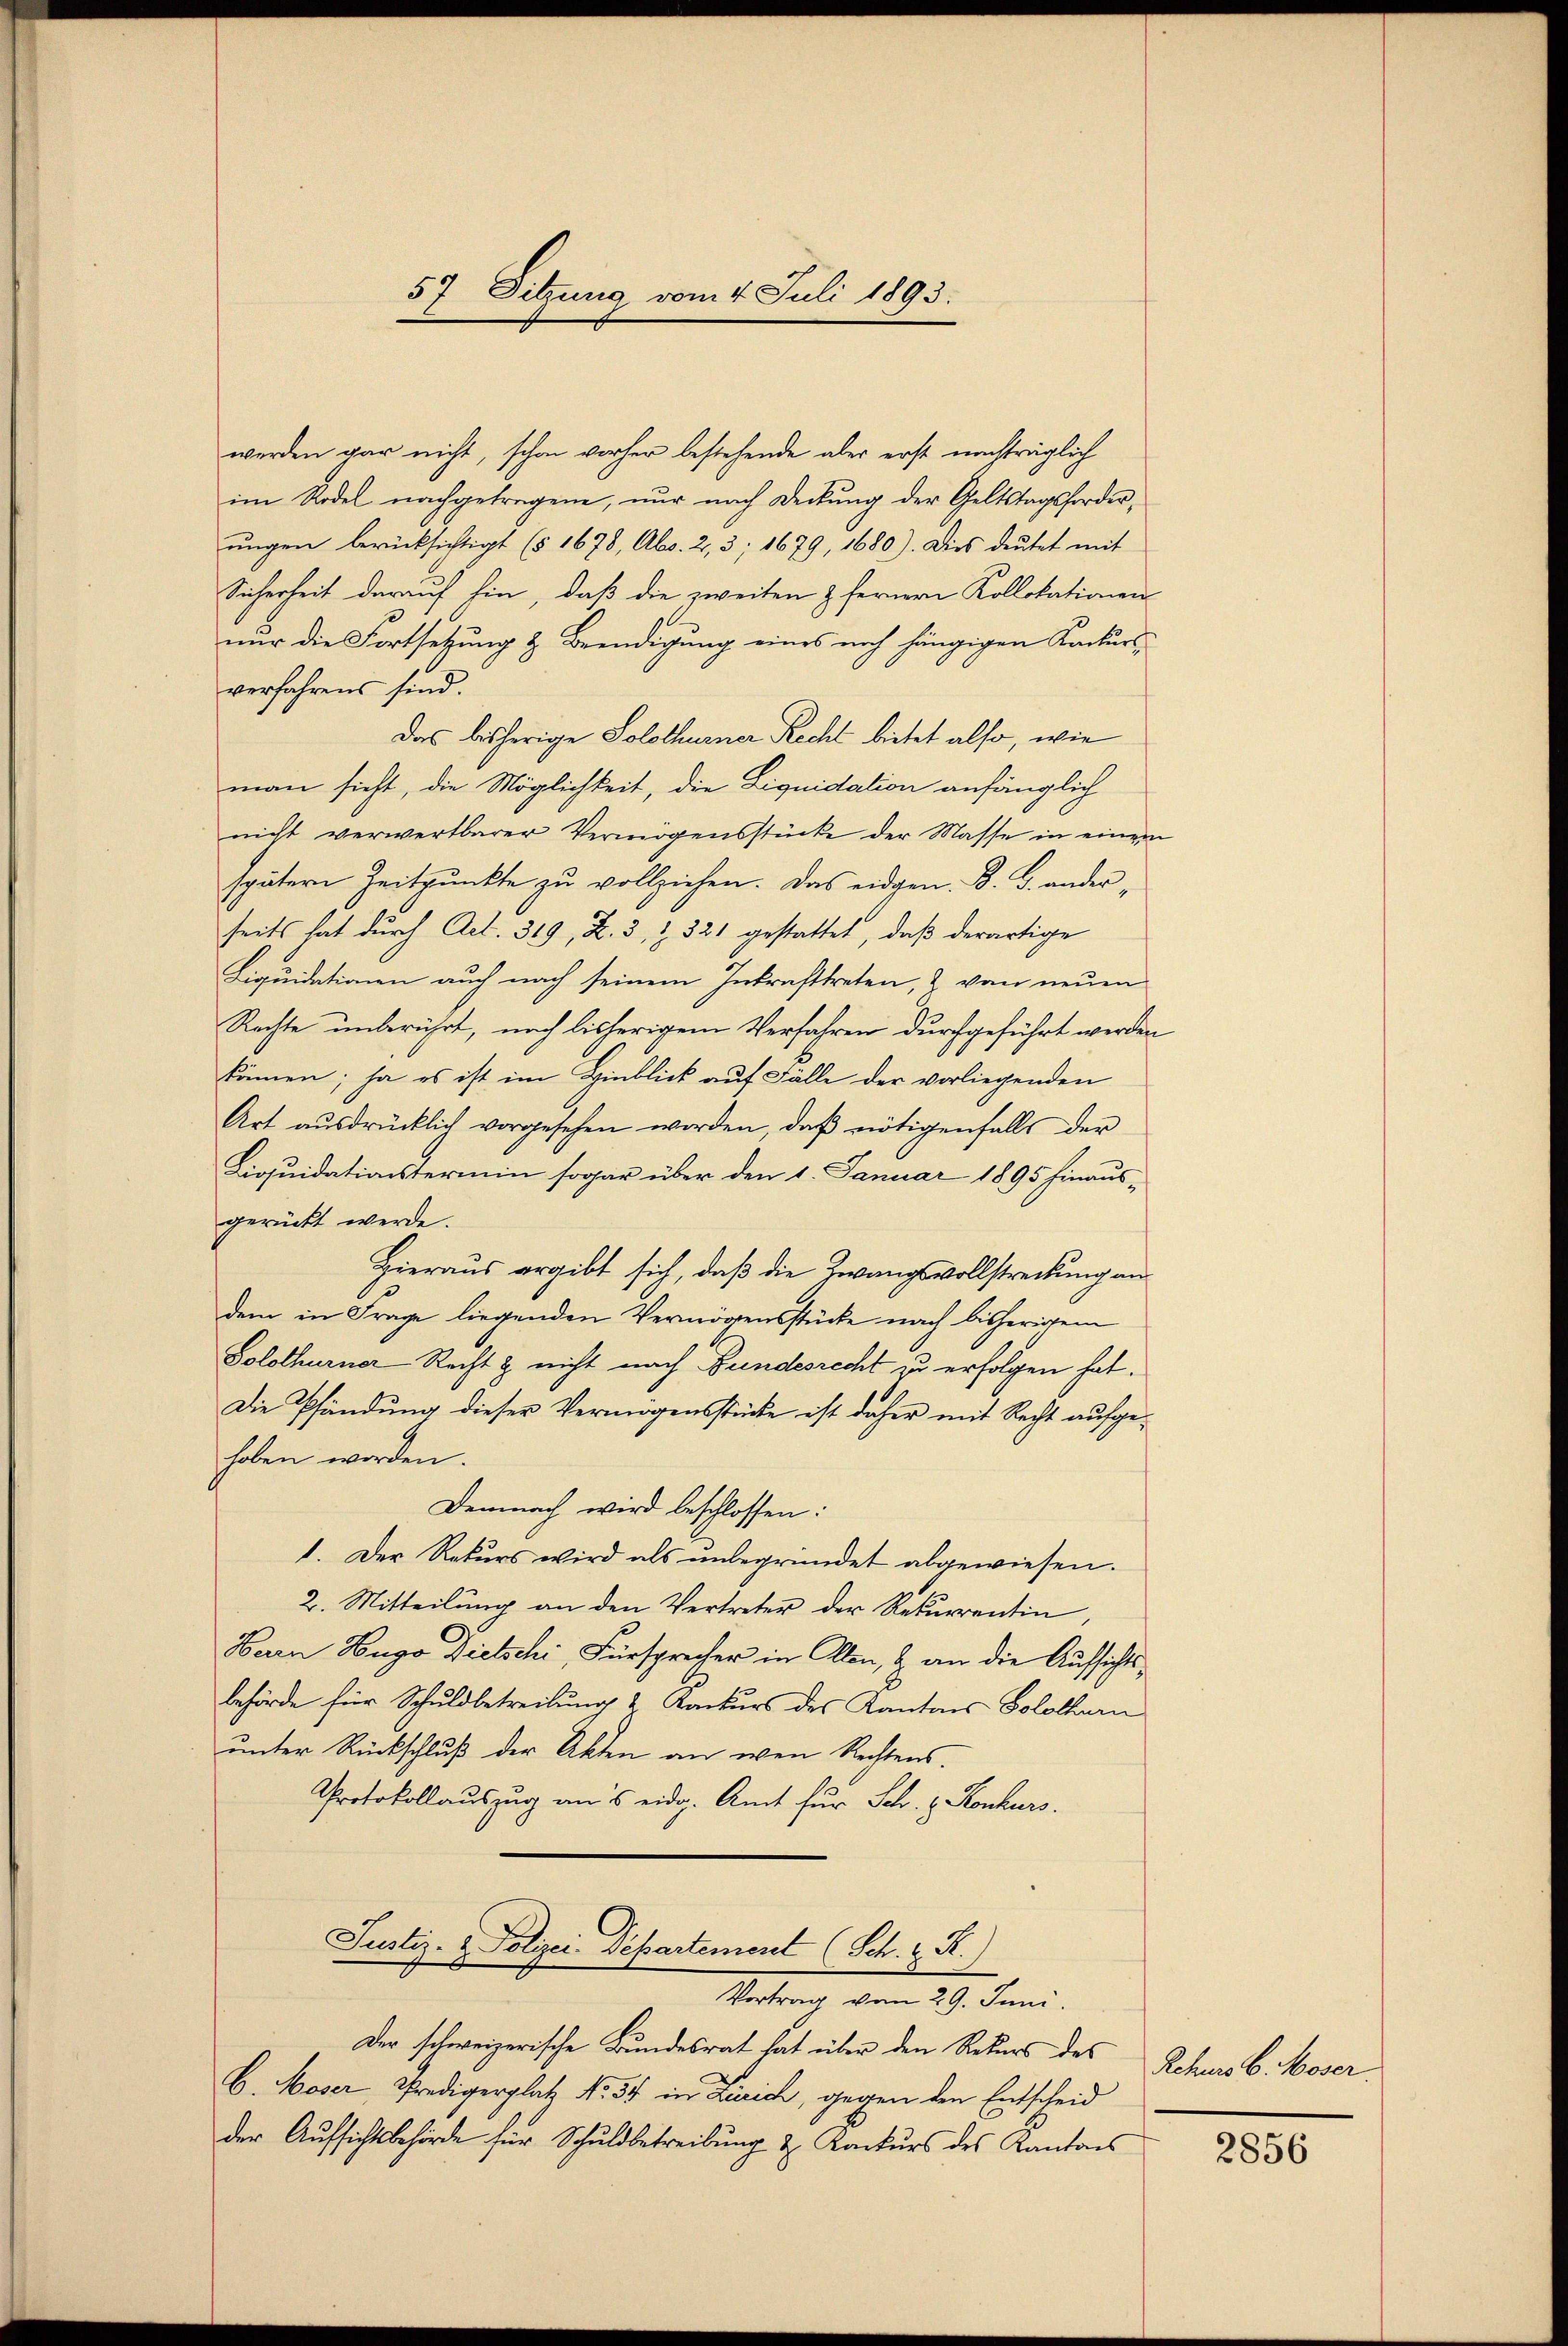
57 Sitzung vom 4. Juli 1893.

werden gar nicht, schon vorher bestehende aber erst nachträglich
im Rodel nachgetragene, nur nach Deckung der Geltstagsforderŭngen berücksichtigt (§ 1678, Abs. 2, 3, 1679, 1680). Dies deŭtet mit
Sicherheit darauf hin, daß die zweiten & fernere Kollokationen
nur die Fortsetzung & Beendigung eines noch hängigen Kackurs,
verfahrens sind.
Das bisherige Solothurner Recht bietet also, wie
man sicht, die Möglichkeit, die Liquidation anfänglich
nicht verwertbarer Vermögensstücke der Masse in einem
spätere Zeitpunkte zu vollziehen. Das eidgen. B. G. anderseits hat durch Act. 369, Z. 3, § 321 gestattet, daß derartige
Liquidationen auch nach seinem Inkrafttreten, & von neuen
Rechte unberührt, nach bisherigem Verfahren durchgeführt werden
können; ja es ist im Hinblick auf Fälle der vorliegenden
Art aŭsdrücklich vorgesehen worden, daβ nötigenfalls der
Liquidationstermin sogar über den 1. Januar 1895 hinaus-
gerückt werde.
Hieraus ergibt sich, daß die Zwangsvollstreckung an
dem in Frage liegenden Vermögensstücke nach bisherigem
Solothurner-Recht & nicht nach Bundesrecht zu erfolgen hat.
Die Pfändung dieser Vermögensstücke ist daher mit Recht aufgehoben worden.
Demnach wird beschlossen:
1. Der Rekurs wird als unbegründet abgewiesen.
2. Mitteilung an den Vertreter der Rekurrentin,
Herrn Hugo Dietschi, Fürsprecher in Allen, & an die Aufsichtsbehörde für Schuldbetreibung & Konkurs des Kantons Solothurn
unter Rückschluß der Akten an wen Rechtens
Protokollauszug aus eidg. Amt für Sch. E. Konkurs.
Justiz- & Polizei Departement (Sch. E. R.)
Vortrag vom 29. Juni.
Der schweizerische Bundesrat hat über den Rekurs des
C. Moser, Predigerplatz No. 54 in Zürich, gegen den Entscheid
der Aufsichtsbehörde für Schuldbetreibung & Konkurs des Kantons

Rehurs 6. Moser.

2856